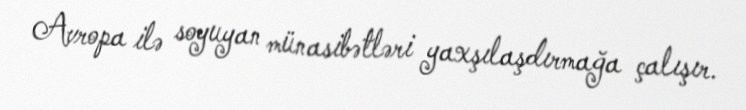
Avropa ilə soyuyan münasibətləri yaxşılaşdırmağa çalışır.